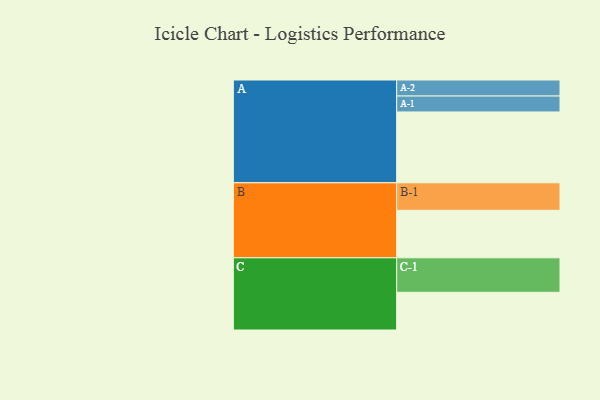
{"axis": {"x": "Segment", "y": "Value"}, "legend": ["", "A", "B", "C"], "data": [{"x": "A", "y": 579, "type": ""}, {"x": "B", "y": 388, "type": ""}, {"x": "C", "y": 308, "type": ""}, {"x": "A-1", "y": 130, "type": "A"}, {"x": "A-2", "y": 131, "type": "A"}, {"x": "B-1", "y": 225, "type": "B"}, {"x": "C-1", "y": 282, "type": "C"}]}